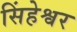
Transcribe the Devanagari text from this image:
सिंहेश्वर